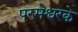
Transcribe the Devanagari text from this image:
परमेश्वरके